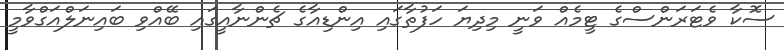
ސޮކާ ވެޓަރަންސްގެ ޓީމެއް ވަނީ މިދިޔަ ހަފުތާގައި އިންޑިއާގެ ޗެންނާއީގައި ބޭއްވި ބައިނަލްއަގްވާމީ